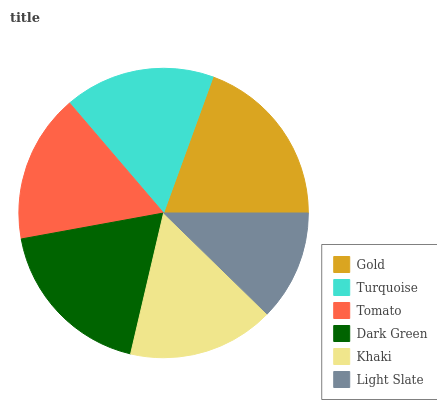
| Gold | Turquoise | Tomato | Dark Green | Khaki | Light Slate |
 | --- | --- | --- | --- | --- | --- |
 | 19.4% | 16.9% | 16.6% | 18.5% | 16.4% | 12.3% |